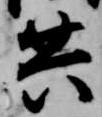
共